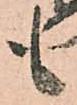
も